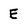
Character: E